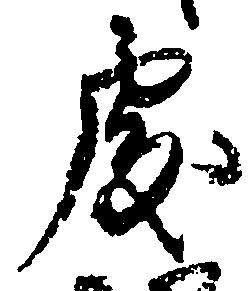
処